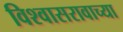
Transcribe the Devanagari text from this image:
विश्वासरावाच्या